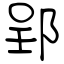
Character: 郢